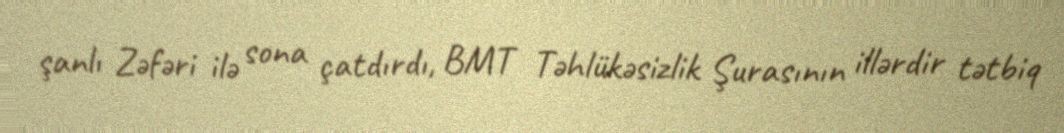
şanlı Zəfəri ilə sona çatdırdı, BMT Təhlükəsizlik Şurasının illərdir tətbiq